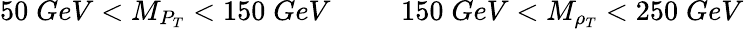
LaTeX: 50\; GeV<M_{P_{T}}<150\; GeV\ \ \ \ \ \ \ \ \ \ 150\; GeV<M_{\rho_{T}}<250\; GeV